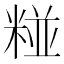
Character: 𮵻